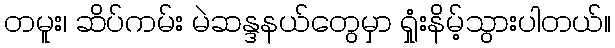
တမူး၊ ဆိပ်ကမ်း မဲဆန္ဒနယ်တွေမှာ ရှုံးနိမ့်သွားပါတယ်။